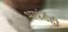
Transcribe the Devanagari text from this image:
भावंडेंही